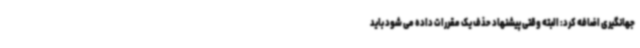
جهانگیری اضافه کرد: البته وقتی پیشنهاد حذف یک مقررات داده می شود باید